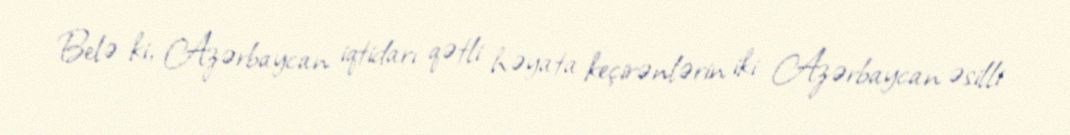
Belə ki, Azərbaycan iqtidarı qətli həyata keçirənlərin iki Azərbaycan əsilli